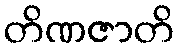
တိဏဇာတိ